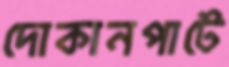
দোকানপাটে